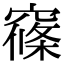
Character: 窱